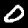
Label: 0